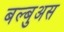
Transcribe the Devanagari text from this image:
बल्बुअस